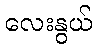
လေးနွယ်